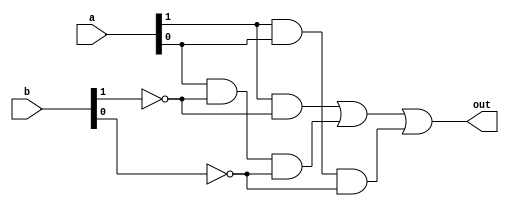
// compare two 2-bit numbers and send 1'b1 to `out'
// if the first one is greater than the second one
// and 1'b0 otherwise.

module greater (input [1:0] a, b,
                output      out);

   // can be done like that:
   // assign out = a > b;
   assign out = a[1] & ~b[1] | a[0] & ~b[1] & ~b[0] | a[1] & a[0] & ~b[0];
endmodule // greater